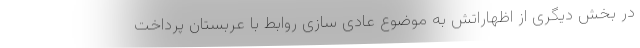
در بخش دیگری از اظهاراتش به موضوع عادی سازی روابط با عربستان پرداخت